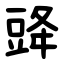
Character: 䜶